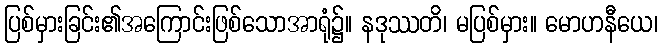
ပြစ်မှားခြင်း၏အကြောင်းဖြစ်သောအာရုံ၌။ နဒုဿတိ၊ မပြစ်မှား။ မောဟနီယေ၊